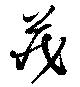
蔵